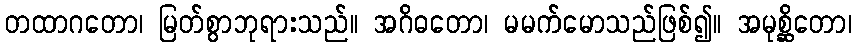
တထာဂတော၊ မြတ်စွာဘုရားသည်။ အဂိဓတော၊ မမက်မောသည်ဖြစ်၍။ အမုစ္ဆိတော၊